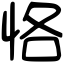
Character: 恪